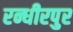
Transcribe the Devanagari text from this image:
रन्धीरपुर